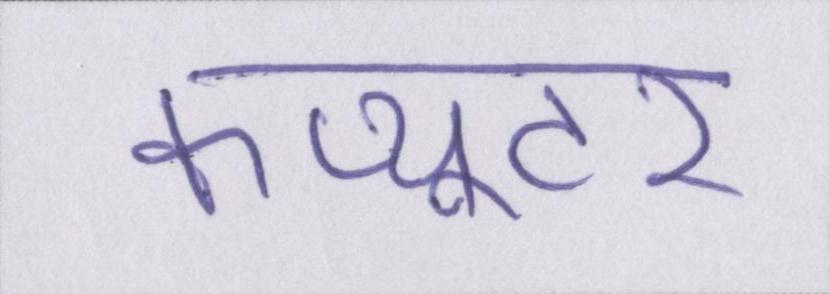
कंप्यूटर